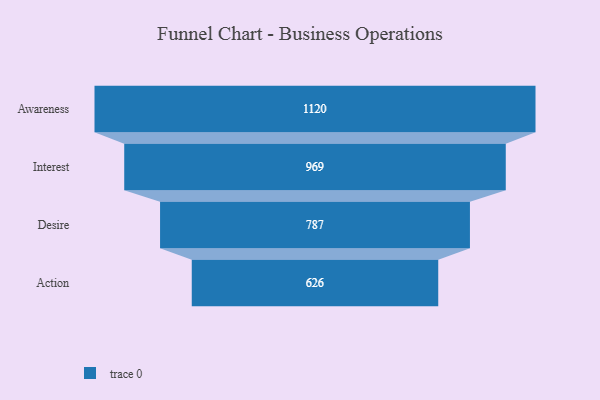
{"axis": {"x": "Stage", "y": "Value"}, "legend": [""], "data": [{"x": "Awareness", "y": 1120.0, "type": ""}, {"x": "Interest", "y": 969.0, "type": ""}, {"x": "Desire", "y": 787.0, "type": ""}, {"x": "Action", "y": 626.0, "type": ""}]}